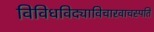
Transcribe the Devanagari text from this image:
विविधविद्याविचारवाचस्पति